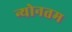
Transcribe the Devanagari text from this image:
न्योनतम